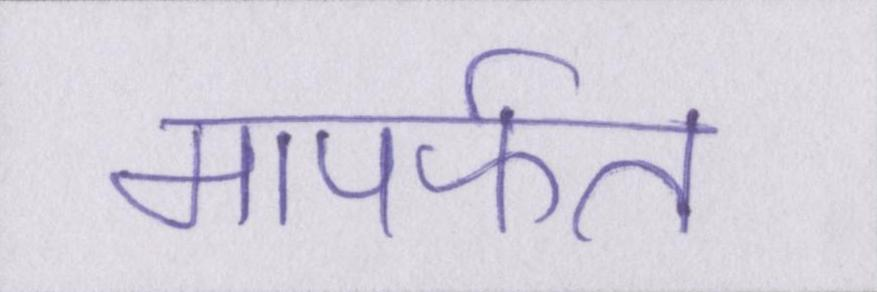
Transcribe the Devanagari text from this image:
मापर्फत